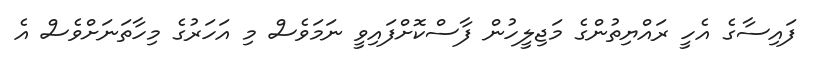
ފައިސާގެ އެހީ ރައްޔިތުންގެ މަޖިލީހުން ފާސްކޮށްފައިވީ ނަމަވެސް މި އަހަރުގެ މިހާތަނަށްވެސް އެ